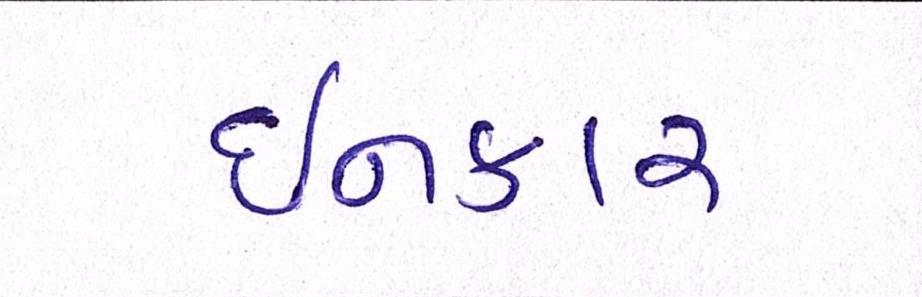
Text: ઈનકાર